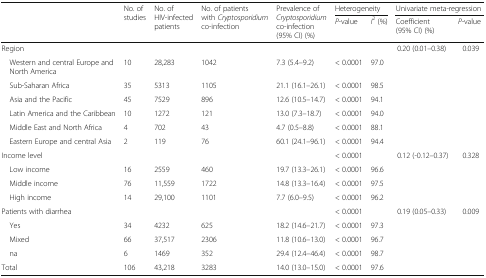
<table><thead><tr><td rowspan="2"></td><td rowspan="2"><b>No. of studies</b></td><td rowspan="2"><b>No. of HIV-infected patients</b></td><td rowspan="2"><b>No. of patients with <i>Cryptosporidium</i> co-infection</b></td><td rowspan="2"><b>Prevalence of <i>Cryptosporidium</i> co-infection (95% CI) (%)</b></td><td colspan="2"><b>Heterogeneity</b></td><td colspan="2"><b>Univariate meta-regression</b></td></tr><tr><td><b><i>P-</i>value</b></td><td><b><i>I</i><sup>2</sup> (%)</b></td><td><b>Coefficient (95% CI) (%)</b></td><td><b><i>P-</i>value</b></td></tr></thead><tbody><tr><td>Region</td><td></td><td></td><td></td><td></td><td></td><td></td><td>0.20 (0.01–0.38)</td><td>0.039</td></tr><tr><td> Western and central Europe and North America</td><td>10</td><td>28,283</td><td>1042</td><td>7.3 (5.4–9.2)</td><td>&lt; 0.0001</td><td>97.0</td><td></td><td></td></tr><tr><td> Sub-Saharan Africa</td><td>35</td><td>5313</td><td>1105</td><td>21.1 (16.1–26.1)</td><td>&lt; 0.0001</td><td>98.5</td><td></td><td></td></tr><tr><td> Asia and the Pacific</td><td>45</td><td>7529</td><td>896</td><td>12.6 (10.5–14.7)</td><td>&lt; 0.0001</td><td>94.1</td><td></td><td></td></tr><tr><td> Latin America and the Caribbean</td><td>10</td><td>1272</td><td>121</td><td>13.0 (7.3–18.7)</td><td>&lt; 0.0001</td><td>94.0</td><td></td><td></td></tr><tr><td> Middle East and North Africa</td><td>4</td><td>702</td><td>43</td><td>4.7 (0.5–8.8)</td><td>&lt; 0.0001</td><td>88.1</td><td></td><td></td></tr><tr><td> Eastern Europe and central Asia</td><td>2</td><td>119</td><td>76</td><td>60.1 (24.1–96.1)</td><td>&lt; 0.0001</td><td>94.4</td><td></td><td></td></tr><tr><td>Income level</td><td></td><td></td><td></td><td></td><td>&lt; 0.0001</td><td></td><td>0.12 (-0.12–0.37)</td><td>0.328</td></tr><tr><td> Low income</td><td>16</td><td>2559</td><td>460</td><td>19.7 (13.3–26.1)</td><td>&lt; 0.0001</td><td>96.6</td><td></td><td></td></tr><tr><td> Middle income</td><td>76</td><td>11,559</td><td>1722</td><td>14.8 (13.3–16.4)</td><td>&lt; 0.0001</td><td>97.5</td><td></td><td></td></tr><tr><td> High income</td><td>14</td><td>29,100</td><td>1101</td><td>7.7 (6.0–9.5)</td><td>&lt; 0.0001</td><td>96.2</td><td></td><td></td></tr><tr><td>Patients with diarrhea</td><td></td><td></td><td></td><td></td><td>&lt; 0.0001</td><td></td><td>0.19 (0.05–0.33)</td><td>0.009</td></tr><tr><td> Yes</td><td>34</td><td>4232</td><td>625</td><td>18.2 (14.6–21.7)</td><td>&lt; 0.0001</td><td>97.3</td><td></td><td></td></tr><tr><td> Mixed</td><td>66</td><td>37,517</td><td>2306</td><td>11.8 (10.6–13.0)</td><td>&lt; 0.0001</td><td>96.7</td><td></td><td></td></tr><tr><td> na</td><td>6</td><td>1469</td><td>352</td><td>29.4 (12.4–46.4)</td><td>&lt; 0.0001</td><td>98.7</td><td></td><td></td></tr><tr><td>Total</td><td>106</td><td>43,218</td><td>3283</td><td>14.0 (13.0–15.0)</td><td>&lt; 0.0001</td><td>97.6</td><td></td><td></td></tr></tbody></table>